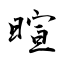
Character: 暄